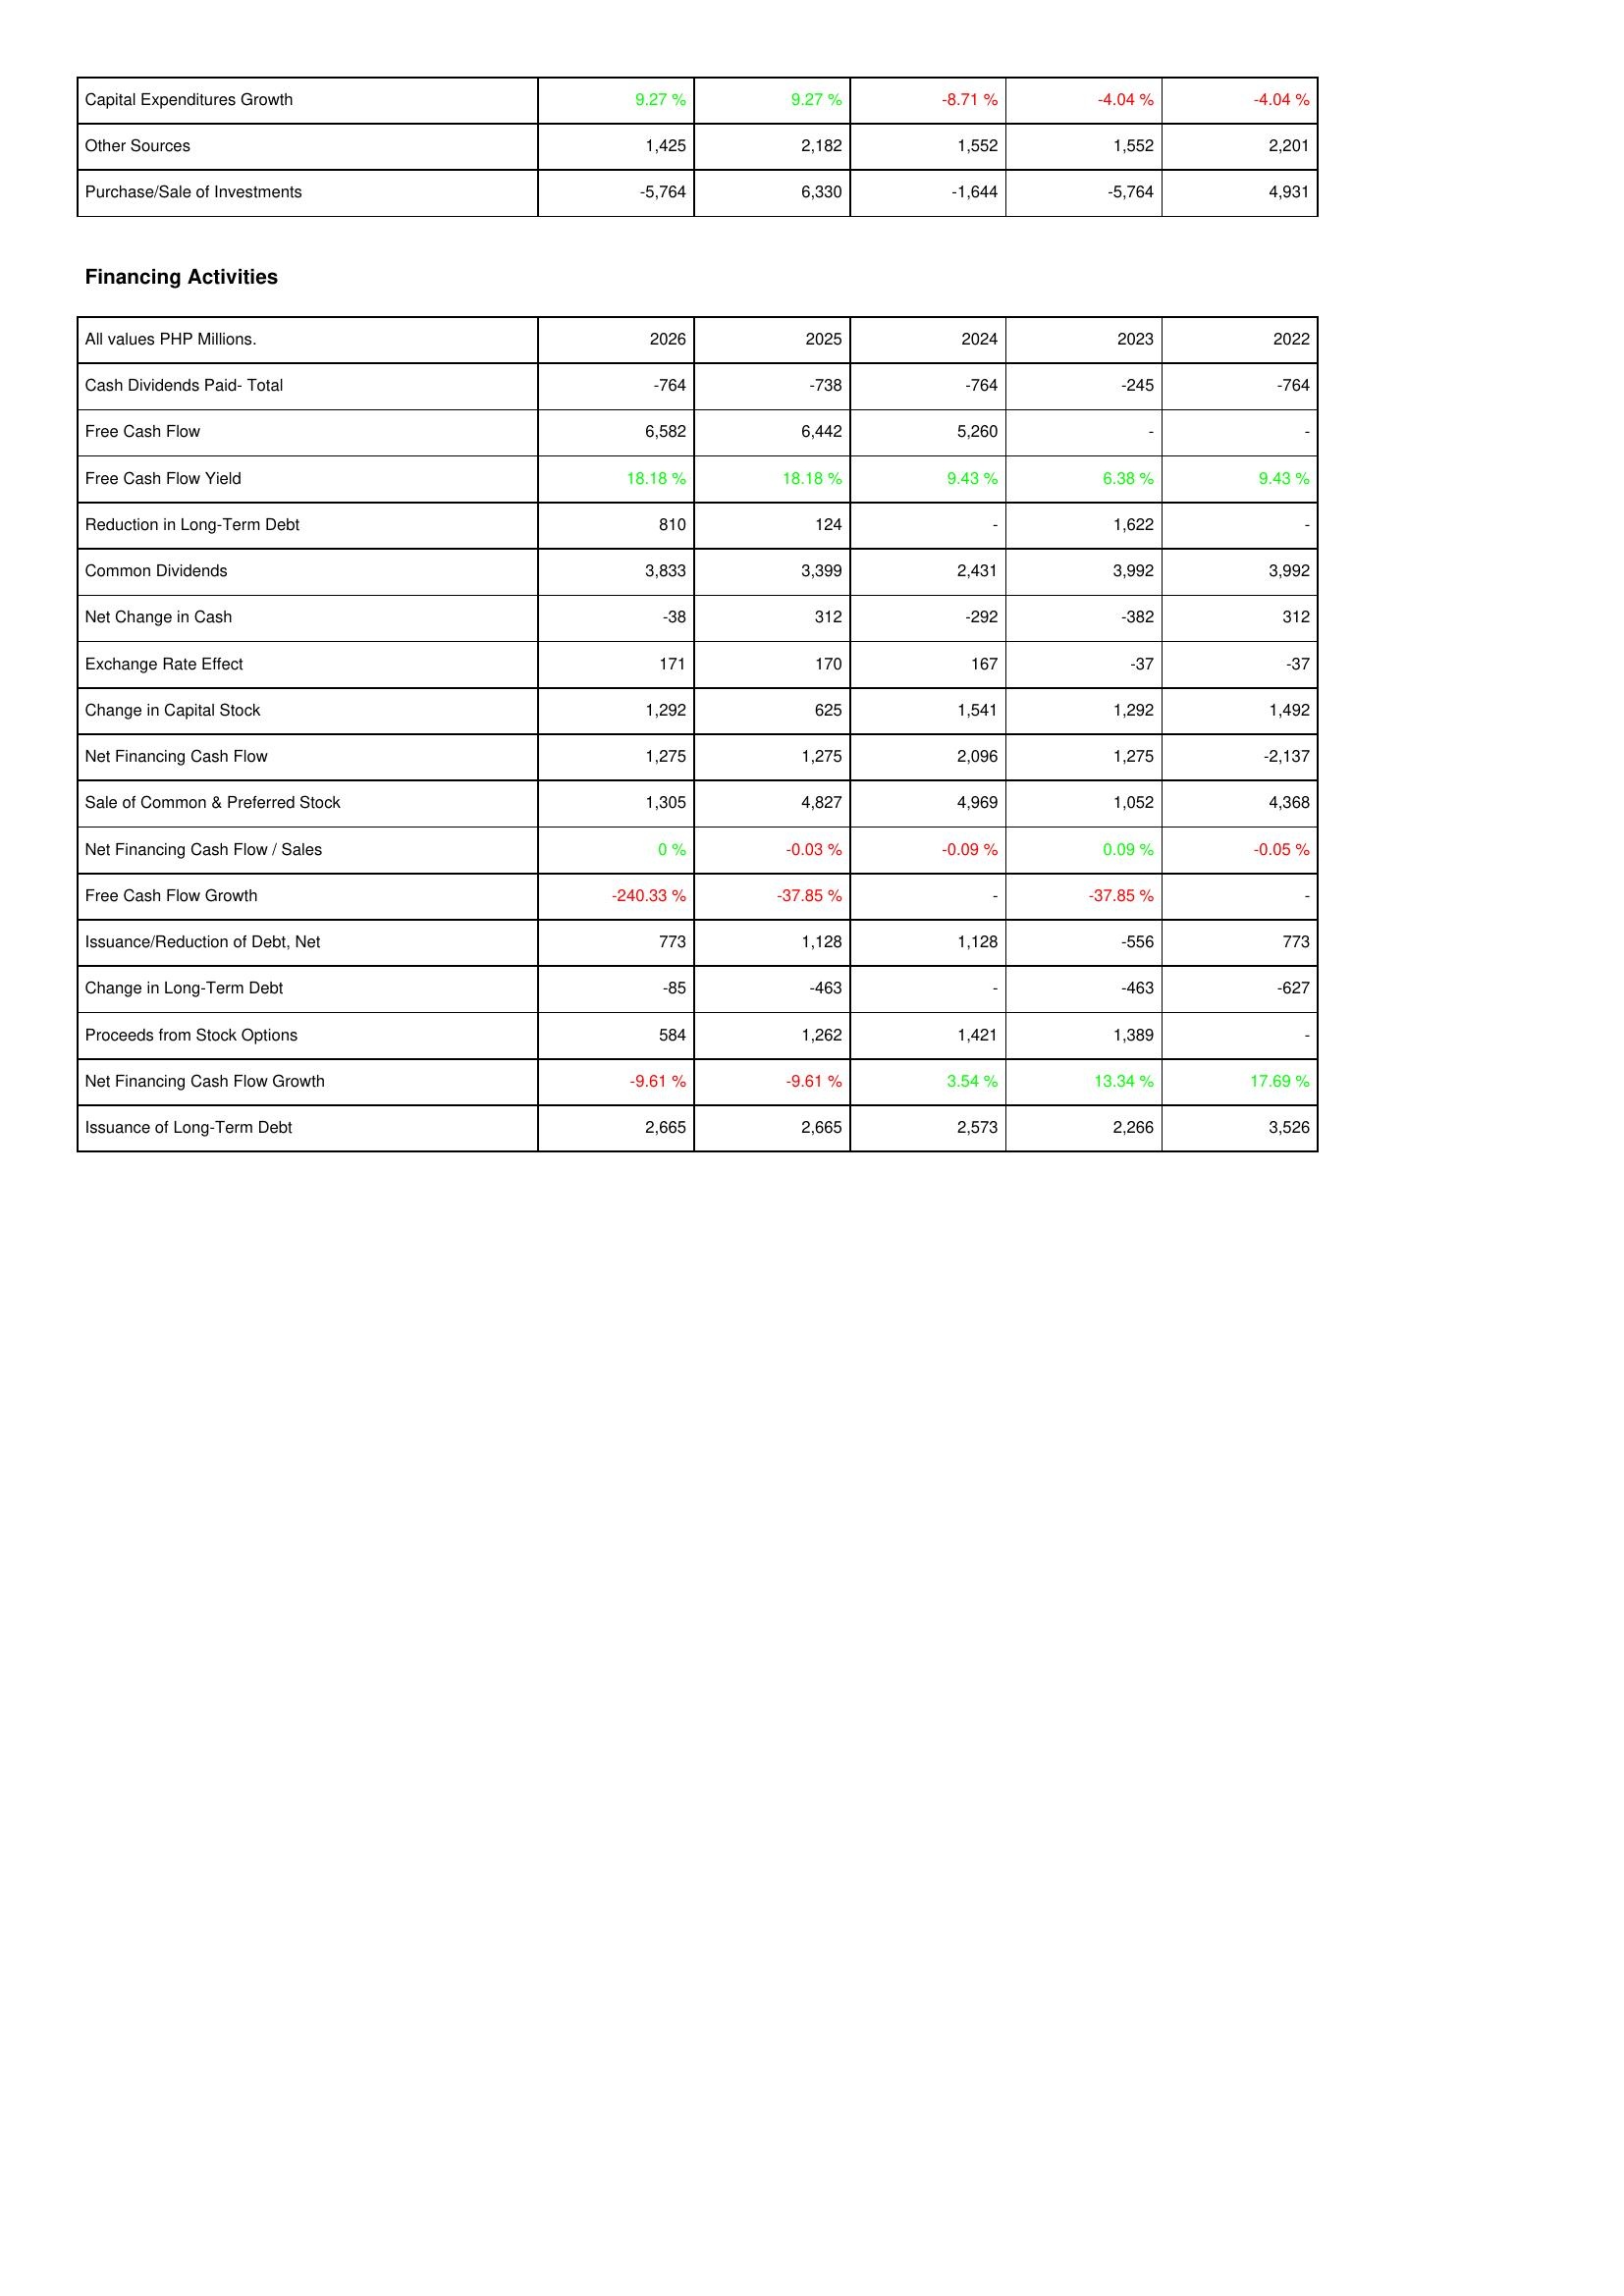
2026: Investing Activities: Capital Expenditures Growth: 9.27 %
Other Sources: 1,425
Purchase/Sale of Investments: -5,764
Financing Activities: Cash Dividends Paid- Total: -764
Free Cash Flow: 6,582
Free Cash Flow Yield: 18.18 %
Reduction in Long-Term Debt: 810
Common Dividends: 3,833
Net Change in Cash: -38
Exchange Rate Effect: 171
Change in Capital Stock: 1,292
Net Financing Cash Flow: 1,275
Sale of Common & Preferred Stock: 1,305
Net Financing Cash Flow / Sales: 0 %
Free Cash Flow Growth: -240.33 %
Issuance/Reduction of Debt, Net: 773
Change in Long-Term Debt: -85
Proceeds from Stock Options: 584
Net Financing Cash Flow Growth: -9.61 %
Issuance of Long-Term Debt: 2,665
2025: Investing Activities: Capital Expenditures Growth: 9.27 %
Other Sources: 2,182
Purchase/Sale of Investments: 6,330
Financing Activities: Cash Dividends Paid- Total: -738
Free Cash Flow: 6,442
Free Cash Flow Yield: 18.18 %
Reduction in Long-Term Debt: 124
Common Dividends: 3,399
Net Change in Cash: 312
Exchange Rate Effect: 170
Change in Capital Stock: 625
Net Financing Cash Flow: 1,275
Sale of Common & Preferred Stock: 4,827
Net Financing Cash Flow / Sales: -0.03 %
Free Cash Flow Growth: -37.85 %
Issuance/Reduction of Debt, Net: 1,128
Change in Long-Term Debt: -463
Proceeds from Stock Options: 1,262
Net Financing Cash Flow Growth: -9.61 %
Issuance of Long-Term Debt: 2,665
2024: Investing Activities: Capital Expenditures Growth: -8.71 %
Other Sources: 1,552
Purchase/Sale of Investments: -1,644
Financing Activities: Cash Dividends Paid- Total: -764
Free Cash Flow: 5,260
Free Cash Flow Yield: 9.43 %
Reduction in Long-Term Debt: -
Common Dividends: 2,431
Net Change in Cash: -292
Exchange Rate Effect: 167
Change in Capital Stock: 1,541
Net Financing Cash Flow: 2,096
Sale of Common & Preferred Stock: 4,969
Net Financing Cash Flow / Sales: -0.09 %
Free Cash Flow Growth: -
Issuance/Reduction of Debt, Net: 1,128
Change in Long-Term Debt: -
Proceeds from Stock Options: 1,421
Net Financing Cash Flow Growth: 3.54 %
Issuance of Long-Term Debt: 2,573
2023: Investing Activities: Capital Expenditures Growth: -4.04 %
Other Sources: 1,552
Purchase/Sale of Investments: -5,764
Financing Activities: Cash Dividends Paid- Total: -245
Free Cash Flow: -
Free Cash Flow Yield: 6.38 %
Reduction in Long-Term Debt: 1,622
Common Dividends: 3,992
Net Change in Cash: -382
Exchange Rate Effect: -37
Change in Capital Stock: 1,292
Net Financing Cash Flow: 1,275
Sale of Common & Preferred Stock: 1,052
Net Financing Cash Flow / Sales: 0.09 %
Free Cash Flow Growth: -37.85 %
Issuance/Reduction of Debt, Net: -556
Change in Long-Term Debt: -463
Proceeds from Stock Options: 1,389
Net Financing Cash Flow Growth: 13.34 %
Issuance of Long-Term Debt: 2,266
2022: Investing Activities: Capital Expenditures Growth: -4.04 %
Other Sources: 2,201
Purchase/Sale of Investments: 4,931
Financing Activities: Cash Dividends Paid- Total: -764
Free Cash Flow: -
Free Cash Flow Yield: 9.43 %
Reduction in Long-Term Debt: -
Common Dividends: 3,992
Net Change in Cash: 312
Exchange Rate Effect: -37
Change in Capital Stock: 1,492
Net Financing Cash Flow: -2,137
Sale of Common & Preferred Stock: 4,368
Net Financing Cash Flow / Sales: -0.05 %
Free Cash Flow Growth: -
Issuance/Reduction of Debt, Net: 773
Change in Long-Term Debt: -627
Proceeds from Stock Options: -
Net Financing Cash Flow Growth: 17.69 %
Issuance of Long-Term Debt: 3,526